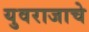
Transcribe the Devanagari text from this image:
युवराजाचे